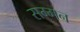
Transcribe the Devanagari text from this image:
सम्‍मन